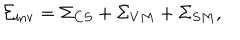
LaTeX: { \Sigma } _ { \mathrm { i n v } } = { \Sigma } _ { C S } + { \Sigma } _ { V M } + { \Sigma } _ { S M } ,